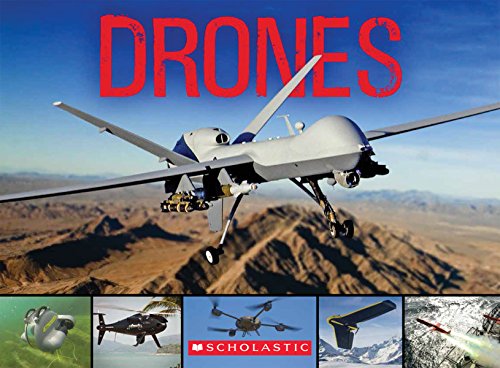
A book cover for Drones: From Insect Spy Drones to Bomber Drones; Scholastic; Children's Books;